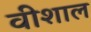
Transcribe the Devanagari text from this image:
वीशाल